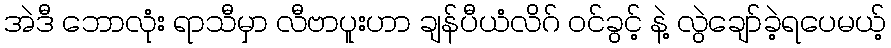
အဲဒီ ဘောလုံး ရာသီမှာ လီဗာပူးဟာ ချန်ပီယံလိဂ် ဝင်ခွင့် နဲ့ လွဲချော်ခဲ့ရပေမယ့်